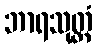
ဘာရသုတ္တံ